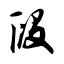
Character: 段